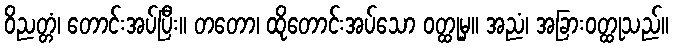
ဝိညတ္တံ၊ တောင်းအပ်ပြီး။ တတော၊ ထိုတောင်းအပ်သော ဝတ္ထုမှ။ အညံ၊ အခြားဝတ္ထုသည်။